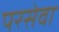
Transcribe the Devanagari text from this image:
परसेवा